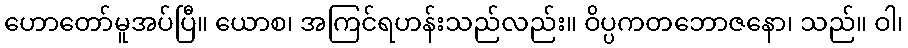
ဟောတော်မူအပ်ပြီ။ ယောစ၊ အကြင်ရဟန်းသည်လည်း။ ဝိပ္ပကတဘောဇနော၊ သည်။ ဝါ၊